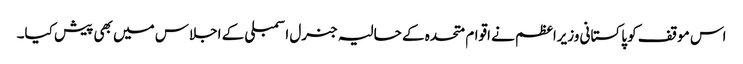
اس موقف کو پاکستانی وزیراعظم نے اقوام متحدہ کے حالیہ جنرل اسمبلی کے اجلاس میں بھی پیش کیا۔